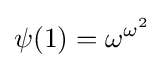
\psi (1)=\omega ^{\omega ^{2}}